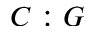
C : G